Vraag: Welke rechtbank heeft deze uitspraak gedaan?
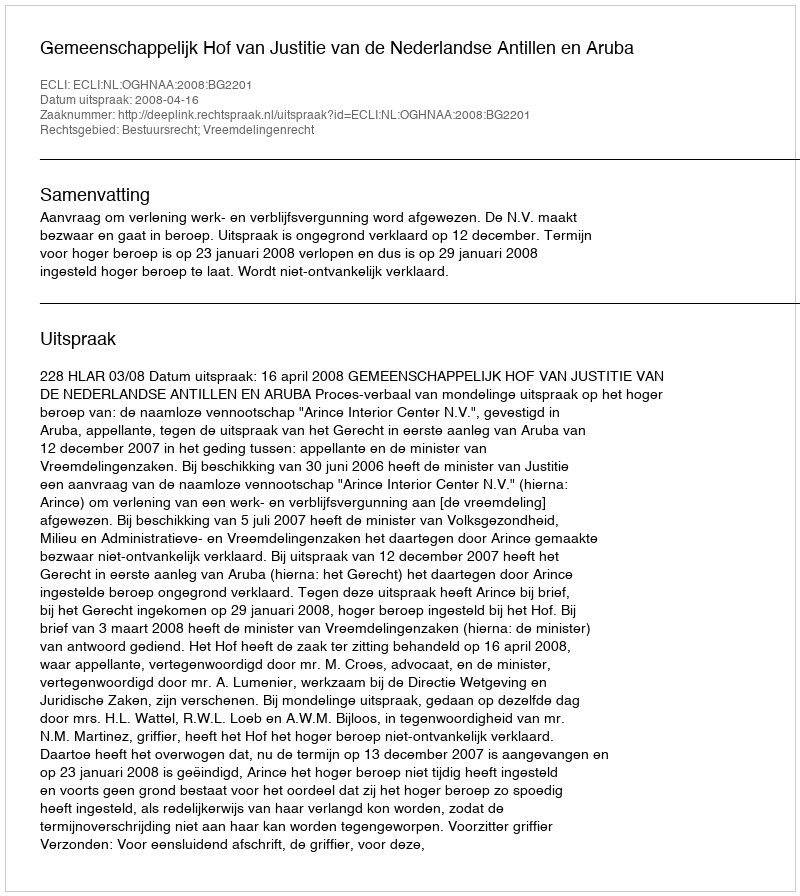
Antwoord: Gemeenschappelijk Hof van Justitie van de Nederlandse Antillen en Aruba